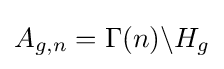
A_{g,n}=\Gamma (n)\backslash H_{g}